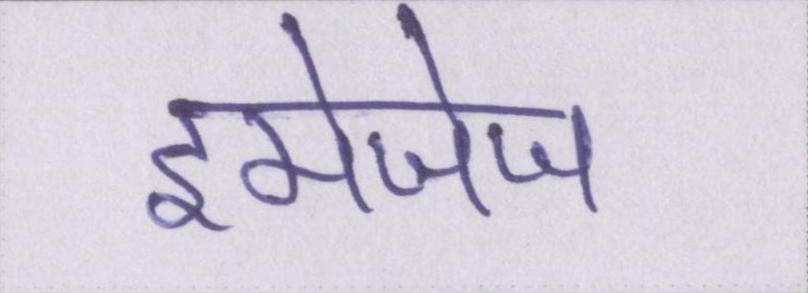
इमेजेज